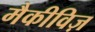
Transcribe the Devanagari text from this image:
मैकीविज़